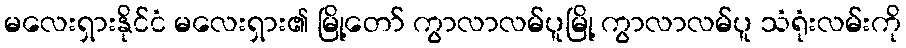
မလေးရှားနိုင်ငံ မလေးရှား၏ မြို့တော် ကွာလာလမ်ပူမြို့ ကွာလာလမ်ပူ သံရုံးလမ်းကို